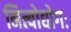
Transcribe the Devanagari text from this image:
नित्योद्योगः